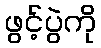
ဖွင့်ပွဲကို